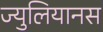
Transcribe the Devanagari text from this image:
ज्युलियानस